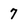
Character: 7